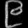
Digit: ၉